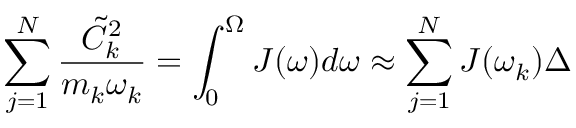
\sum _ { j = 1 } ^ { N } \frac { \tilde { C } _ { k } ^ { 2 } } { m _ { k } \omega _ { k } } = \int _ { 0 } ^ { \Omega } J ( \omega ) d \omega \approx \sum _ { j = 1 } ^ { N } J ( \omega _ { k } ) \Delta